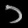
Digit: ၁